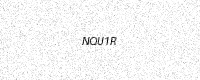
Text: NQU1R